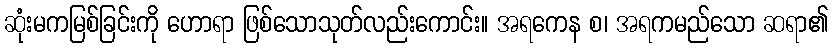
ဆုံးမကမြစ်ခြင်းကို ဟောရာ ဖြစ်သောသုတ်လည်းကောင်း။ အရကေန စ၊ အရကမည်သော ဆရာ၏